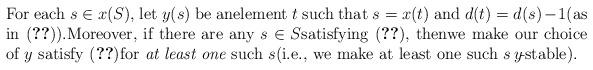
LaTeX: \begin{align*}\begin{minipage}[c]{35pc}For each $s\in x(S),$ let $y(s)$ be anelement $t$ such that $s = x(t)$ and $d(t) = d(s)-1$(as in~\eqref{d.ds-1}).Moreover, if there are any $s\in S$satisfying~\eqref{d.pre-stable}, thenwe make our choice of $y$ satisfy~\eqref{d.stable}for {\em at least one} such $s$(i.e., we make at least one such $s$ $\!y\!$-stable).\end{minipage}\end{align*}